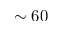
\sim 6 0